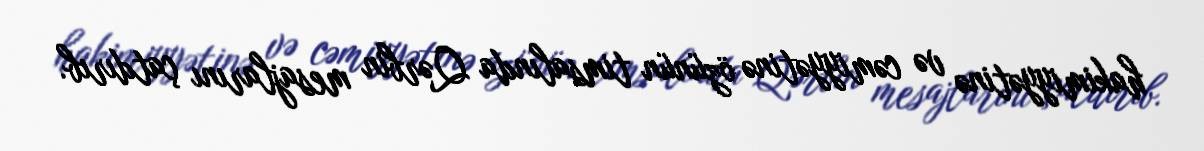
hakimiyyətinə və cəmiyyətinə özünün timsalında Qərbin mesajlarını çatdırıb.